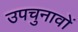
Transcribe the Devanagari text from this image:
उपचुनावों